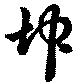
坤